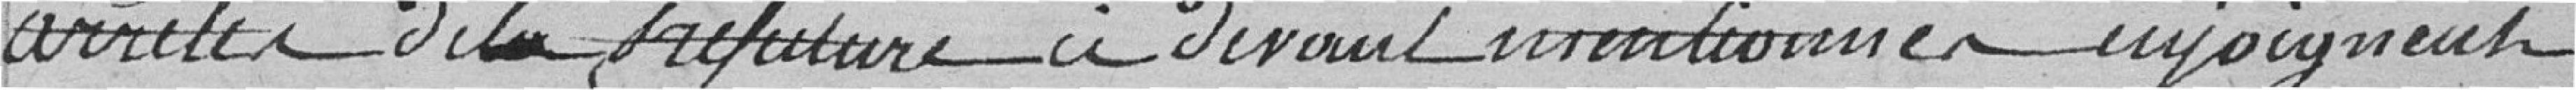
arrêtés de la Préfecture ci-devant mentionnés enjoignent